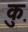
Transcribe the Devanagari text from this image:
कु़